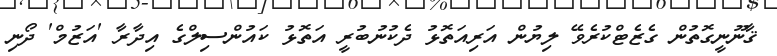
ޤާނޫނީގޮތުން ގެޒެޓްކުރެވޭ ލިޔުން އަރިއަތޮޅު ދެކުނުބުރީ އަތޮޅު ކައުންސިލްގެ އިދާރާ 'އަޒުމް' ދޯނި